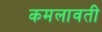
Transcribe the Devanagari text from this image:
कमलावती